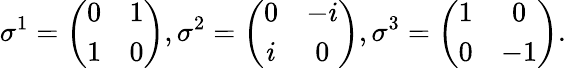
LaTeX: \sigma^{1}=\left(\begin{array}{cc}{{0}}&{{1}}\\ {{1}}&{{0}}\end{array}\right),\sigma^{2}=\left(\begin{array}{cc}{{0}}&{{-i}}\\ {{i}}&{{0}}\end{array}\right),\sigma^{3}=\left(\begin{array}{cc}{{1}}&{{0}}\\ {{0}}&{{-1}}\end{array}\right).